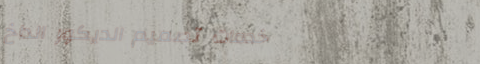
خدمات تصميم الديكور الداخ